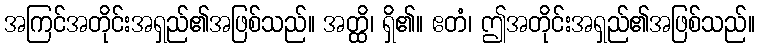
အကြင်အတိုင်းအရှည်၏အဖြစ်သည်။ အတ္ထိ၊ ရှိ၏။ ဧတံ၊ ဤအတိုင်းအရှည်၏အဖြစ်သည်။